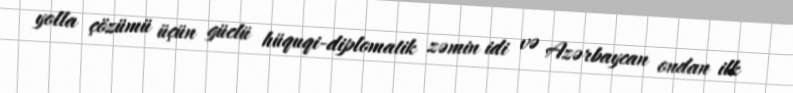
yolla çözümü üçün güclü hüquqi-diplomatik zəmin idi və Azərbaycan ondan ilk